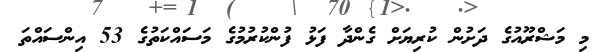
މި މަޝްރޫއުގެ ދަށުން ކުރިޔަށް ގެންދާ ފަޅު ފުންކުރުމުގެ މަސައްކަތުގެ 53 އިންސައްތަ